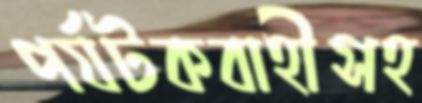
পর্যটকবাহীসহ